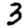
Digit: 3